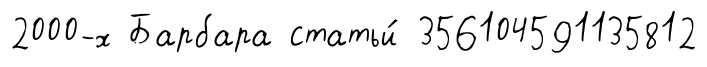
2000-х Барбара статьи́ 356104591135812